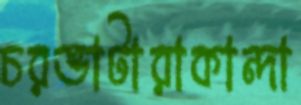
চরভাটারাকান্দা